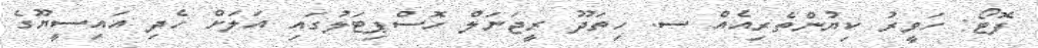
ފޮޓޯ: ހަވީރު ކިޔުންތެރިއެއް ސ. ހިތަދޫ ރީޖަނަލް ހޮސްޕިޓަލުގައި އަލަށް ހެދި އައިސީޔޫގެ